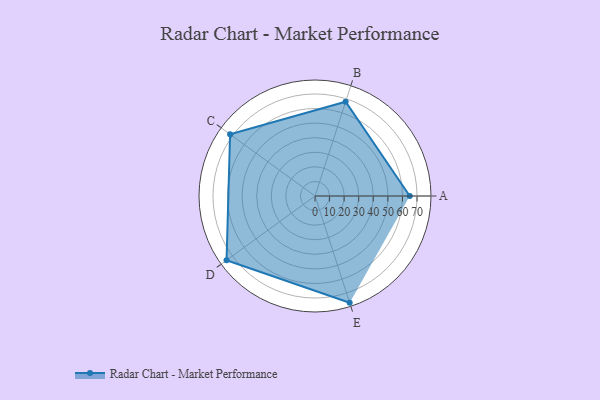
{"axis": {"x": "Skill", "y": "Score"}, "legend": ["Profile"], "data": [{"x": "A", "y": 65.0, "type": "Profile"}, {"x": "B", "y": 68.0, "type": "Profile"}, {"x": "C", "y": 72.0, "type": "Profile"}, {"x": "D", "y": 75.0, "type": "Profile"}, {"x": "E", "y": 77.0, "type": "Profile"}]}